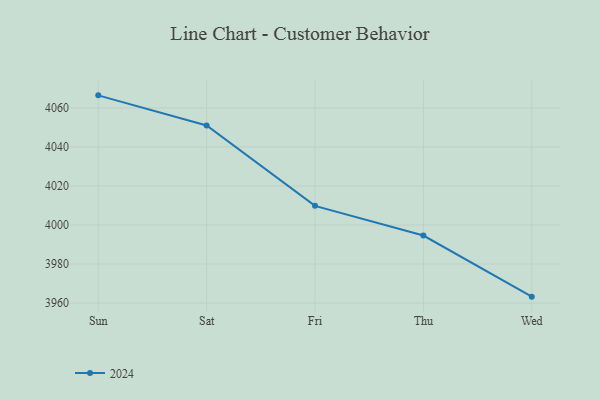
{"axis": {"x": "Day", "y": "Page Views"}, "legend": ["2024"], "data": [{"x": "Sun", "y": 4066.4, "type": "2024"}, {"x": "Sat", "y": 4051.0, "type": "2024"}, {"x": "Fri", "y": 4009.8, "type": "2024"}, {"x": "Thu", "y": 3994.6, "type": "2024"}, {"x": "Wed", "y": 3963.3, "type": "2024"}]}